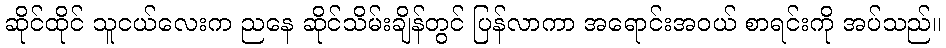
ဆိုင်ထိုင် သူငယ်လေးက ညနေ ဆိုင်သိမ်းချိန်တွင် ပြန်လာကာ အရောင်းအဝယ် စာရင်းကို အပ်သည်။